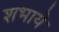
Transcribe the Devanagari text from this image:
शभाये